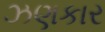
ઝણકાર